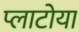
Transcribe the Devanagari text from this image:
प्लाटोया